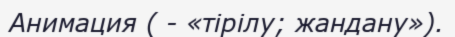
Анимация ( - «тірілу; жандану»).